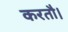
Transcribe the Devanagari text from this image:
करतौ।